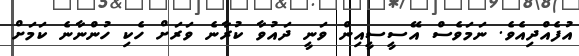
އުފެއްދިއެވެ. ނަމަވެސް އޭސީސީއިން ވަނީ ދައުވާ ކުރާނެ ވަރަށް ހެކި ހުންނާނެ ކަމަށް